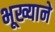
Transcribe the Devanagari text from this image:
भूख्याने